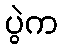
ပွဲက